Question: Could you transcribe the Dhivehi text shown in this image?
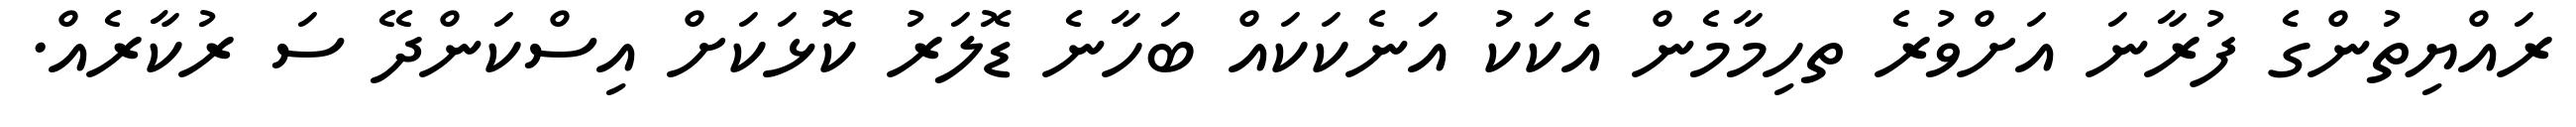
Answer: ރައްޔިތުންގެ ފުރާނަ އަށްވުރެ ތހިމާމެން އެކަކު އަނެކަކައް ބަހާނެ ޑޮލަރު ކޮޅަކަށް އިސްކަންދޭ ސަ ރުކާރެއް.